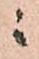
ニ